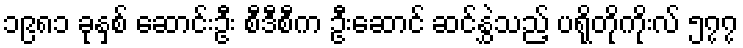
၁၉၈၁ ခုနှစ် ဆောင်းဦး စီဒီစီက ဦးဆောင် ဆင်နွှဲသည့် ပရိုတိုကိုးလ် ၅၇၇